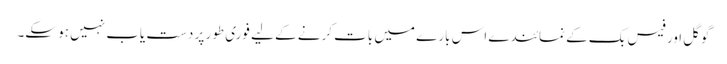
گوگل اور فیس بک کے نمائندے اس بارے میں بات کرنے کے لیے فوری طور پر دست یاب نہیں ہو سکے۔